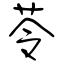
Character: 苓